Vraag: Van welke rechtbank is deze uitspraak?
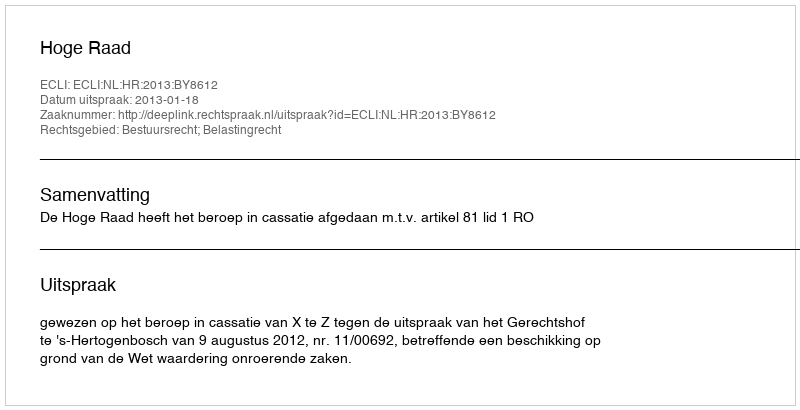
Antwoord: Hoge Raad